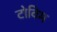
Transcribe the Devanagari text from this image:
टोविम